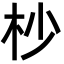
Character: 杪